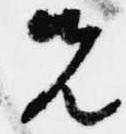
先